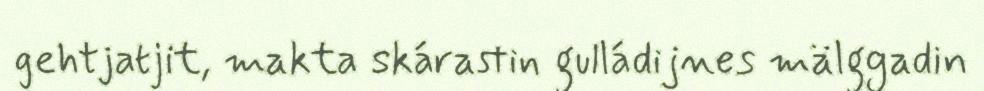
gehtjatjit, makta skárastin gulládijnes mälggadin